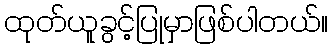
ထုတ်ယူခွင့်ပြုမှာဖြစ်ပါတယ်။